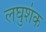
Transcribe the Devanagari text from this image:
लघुशंक